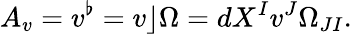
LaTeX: A_{v}=v^{\flat}=v\rfloor\Omega=dX^{I}v^{J}\Omega_{JI}.